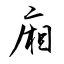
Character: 廂